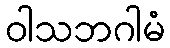
ဝါသဘဂါမံ